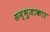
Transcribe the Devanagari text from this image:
सम्भुजाकार